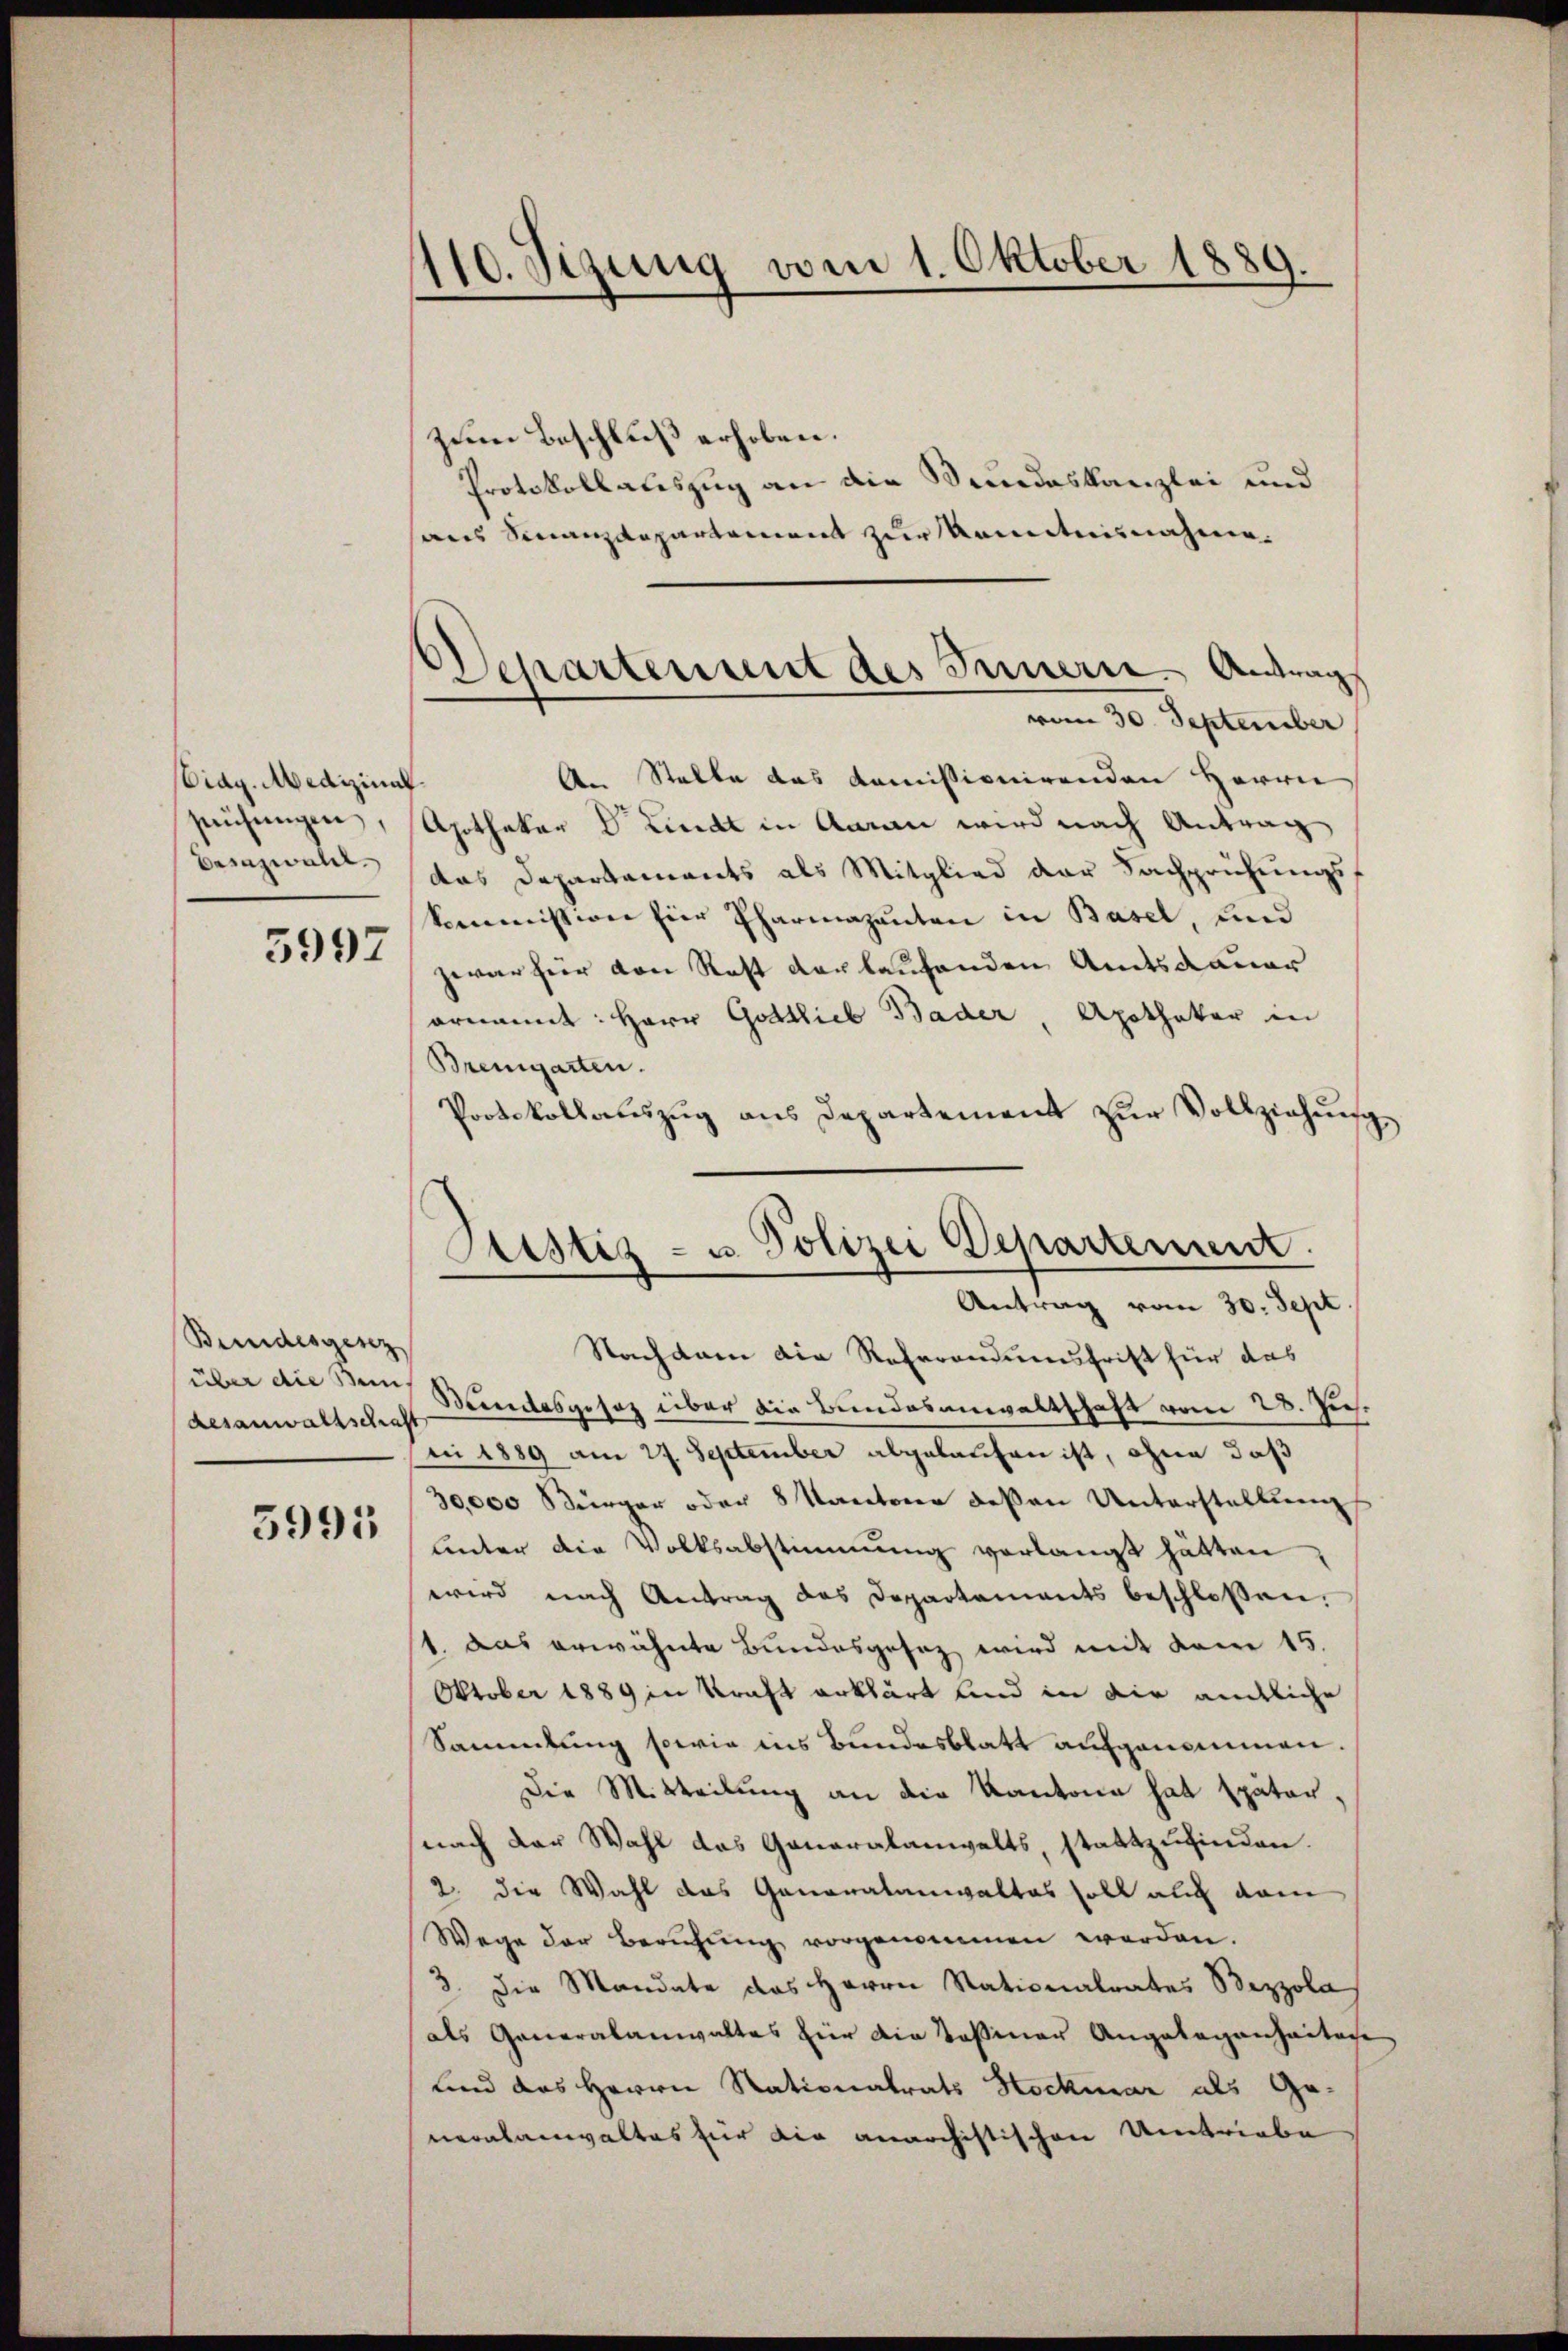
idg. Medizina
suchungen,
Besazwald.
5997

Bundesgesez
über die Bein.
Aesanwaltschaf

5995

110. Sizung vom 1. Oktober 1889.

zum Beschluß erhoben.
Protokollauszug an die Wundeskanzlei und
sans Finanzdepartament zur Kenntnisnahmen.
vom 30. September
An Stelle das Kommissionirenden Herrn
.
Apothekar Lindt in Aarau wird nach Antrag
das Departements als Mitglied der Fachprüfungsf
kommission hier Pharmazenten in Basel, und
zwar hier von Rest der laufenden Amtsdauer
ornannt: Herr Gottlieb Bader, Apothekar in
Bremgarten.
Protokollauszug aus Departement zur Vollziehung
Nachdem die Referandumsfrist für das
Wandesgesez über die Bundesanwaltschaft vom 28. Jes.
d
i 1889 am 27. September abgelaufen ist, ohne daß
30,000 Bürger oder 8 Kantone dessen Unterstellung
unter die Volksabstimmung verlangt hätten
wird nach Antrag des Departements beschlossen.
1. Das erwähnte Bundesgesez wird mit dem 15.
Oktober 1889 in Kraft erklärt und in die amtliche
Sammlung sowie ins Bundesblatt aufgenommen.
Die Mitteilung an die Kantone hat später¬
(nach der Wahl das Generalanwalts stattzufinden.
2. die Wahl das Ganoratanwaltas soll auch dam
Wege der Berufung vorgenommen werden.
3. Die Mandate das Herrn Stationalrates Bezzola
als Generalanwaltes hier die Teßiner Angelegenheiten
und das Herrn Nationalrats Stockmar als Generalanwaltes für die anarchistischen Umtriebe

Departement des Innern. Antrag

Sistiz- u. Polizei Departement.
Antrag vom 30. Sept